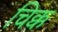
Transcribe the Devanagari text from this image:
चिक्क